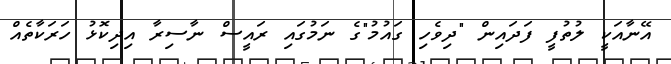
އޭނާއަކީ ލުތުފީ ފަދައިން "ދިވެހި ގައުމު"ގެ ނަމުގައި ރައީސް ނާސިރާ އިދިކޮޅު ހަރަކާތެއް